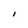
Character: I